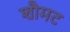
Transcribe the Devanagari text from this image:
शौमट